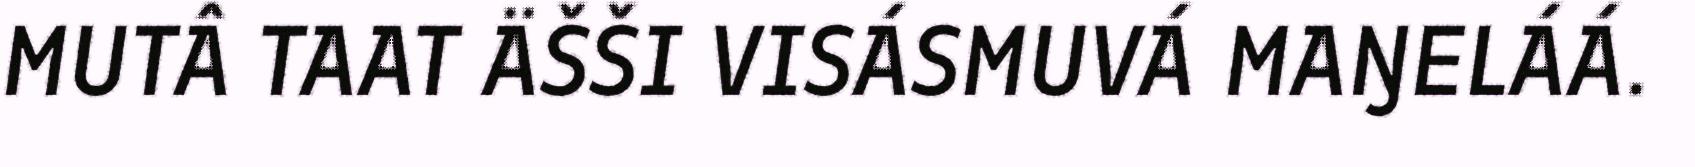
MUTÂ TAAT ÄŠŠI VISÁSMUVÁ MAŊELÁÁ.